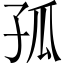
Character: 孤